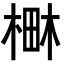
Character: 𣕎